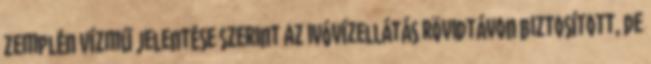
Zemplén Vízmű jelentése szerint az ivóvízellátás rövidtávon biztosított, de